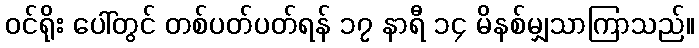
ဝင်ရိုး ပေါ်တွင် တစ်ပတ်ပတ်ရန် ၁၇ နာရီ ၁၄ မိနစ်မျှသာကြာသည်။